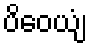
ပိဝေယျံ